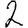
Digit: 2